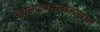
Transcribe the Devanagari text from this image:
ॲथलेटिक्सखालोखाल